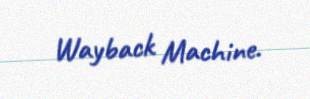
Wayback Machine.